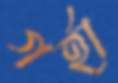
গর্হা